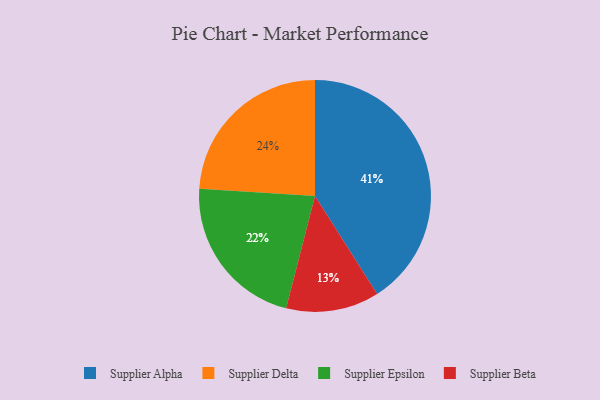
{"axis": {"x": "Category", "y": "Percentage"}, "legend": ["Supplier Alpha", "Supplier Beta", "Supplier Delta", "Supplier Epsilon"], "data": [{"x": "Supplier Epsilon", "y": 22, "type": "Supplier Epsilon"}, {"x": "Supplier Delta", "y": 24, "type": "Supplier Delta"}, {"x": "Supplier Beta", "y": 13, "type": "Supplier Beta"}, {"x": "Supplier Alpha", "y": 41, "type": "Supplier Alpha"}]}